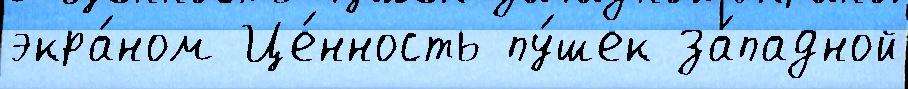
экра́ном Це́нность пу́шек за́падной